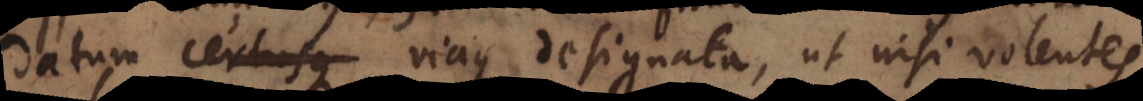
datum certusque viaque designata, ut nisi volentes